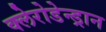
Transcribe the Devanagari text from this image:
क्लेरोडेन्ड्रान